First report of the anti-malarial operations at Mian Mir, 1901-1903 - Number 6
Year: 1901
Disease focus: Malaria
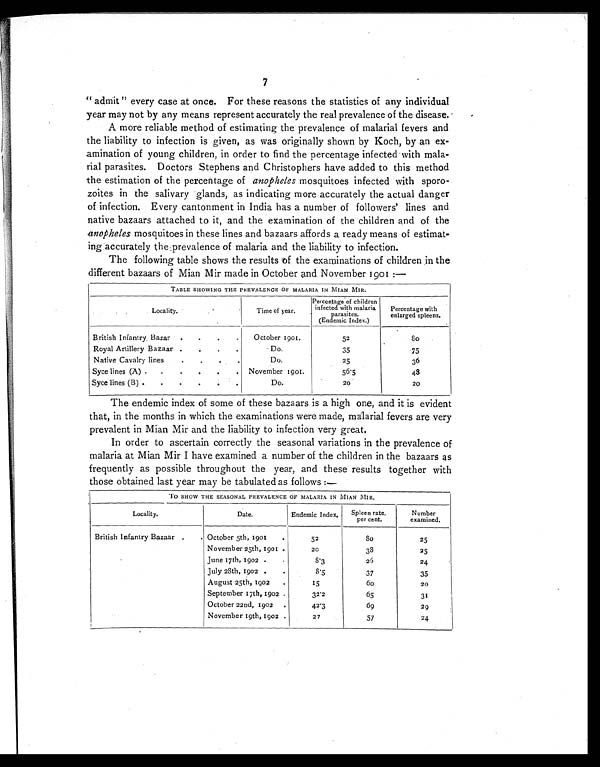
7
" admit " every case at once. For these reasons the statistics of any individual
year may not by any means represent accurately the real prevalence of the disease.
A more reliable method of estimating the prevalence of malarial fevers and
the liability to infection is given, as was originally shown by Koch, by an ex-
amination of young children, in order to find the percentage infected with mala-
rial parasites. Doctors Stephens and Christophers have added to this method
the estimation of the percentage of anopheles mosquitoes infected with sporo-
zoites in the salivary glands, as indicating more accurately the actual danger
of infection. Every cantonment in India has a number of followers' lines and
native bazaars attached to it, and the examination of the children and of the
anopheles mosquitoes in these lines and bazaars affords a ready means of estimat-
ing accurately the prevalence of malaria and the liability to infection.
The following table shows the results of the examinations of children in the
different bazaars of Mian Mir made in October and November 1901:—
TABLE SHOWING THE PREVALENCE OF MALARIA IN MIAN MIR.
L o c a l i t y .
Time of year.
Percentage of children
infected with malaria
parasites.
(Endemic Index.)
Percentage with
enlarged spleens.
British Infantry Bazar .
.
.
October 1901.
52
8 0
Royal Artillery Bazaar
•
•
Do.
35
75
Native Cavalry lines
.
.
Do.
25
36
Syce lines ('A) . .
.
.
.
. November 1901.
56.5
4 8
Syce lines (B) .
.
.
.
.
.
Do.
20
20
The endemic index of some of these bazaars is a high one, and it is evident
that, in the months in which the examinations were made, malarial fevers are very
prevalent in Mian Mir and the liability to infection very great.
In order to ascertain correctly the seasonal variations in the prevalence of
malaria at Mian Mir I have examined a number of the children in the bazaars as
frequently as possible throughout the year, and these results together with
those obtained last year may be tabulated as follows:—
TO SHOW THE SEASONAL PREVALENCE OF MALARIA IN MIAN MIR.
Locality.
Date.
Endemic Index.
Spleen rate.
per cent.
Number
examined.
British Infantry Bazaar .
. October 5th, 1901
.
52
8 0
25
November 25th, 1901 .
20
38
25
June 17th, 1902 .
.
8.3
26
24
July 28th, 1902 .
.
8 . 5
37
35
August 25th, 1902
.
15
60
20
September 17th, 1902 .
32.2
65
31
October 22nd, 1902
.
42.3
69
29
November 19th, 1902 .
27
57
24